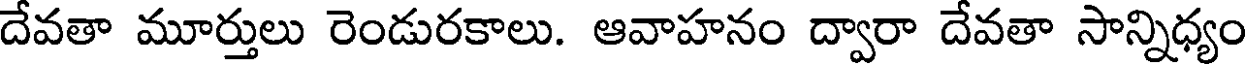
దేవతా మూర్తులు రెండురకాలు. ఆవాహనం ద్వారా దేవతా సాన్నిధ్యం